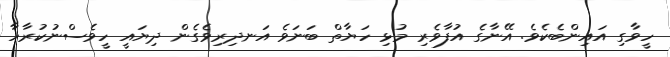
ހީވާގި އައިންބެކެވެ. އޭނާގެ އުފާވެރި މުޅި ހަޔާތް ބަަނަވެ އަނދިރިވެގެން ދިޔައީ ހީވެެސްނުކުރާހާ